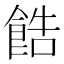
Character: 𫗓